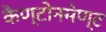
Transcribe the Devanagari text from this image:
कैण्टोनमेण्ट